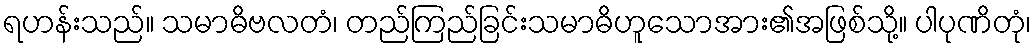
ရဟန်းသည်။ သမာဓိဗလတံ၊ တည်ကြည်ခြင်းသမာဓိဟူသောအား၏အဖြစ်သို့။ ပါပုဏိတုံ၊